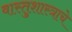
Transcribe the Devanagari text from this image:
वास्तुशास्त्राचे